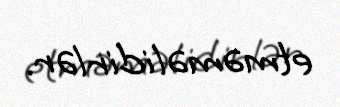
etməməlidirlər.